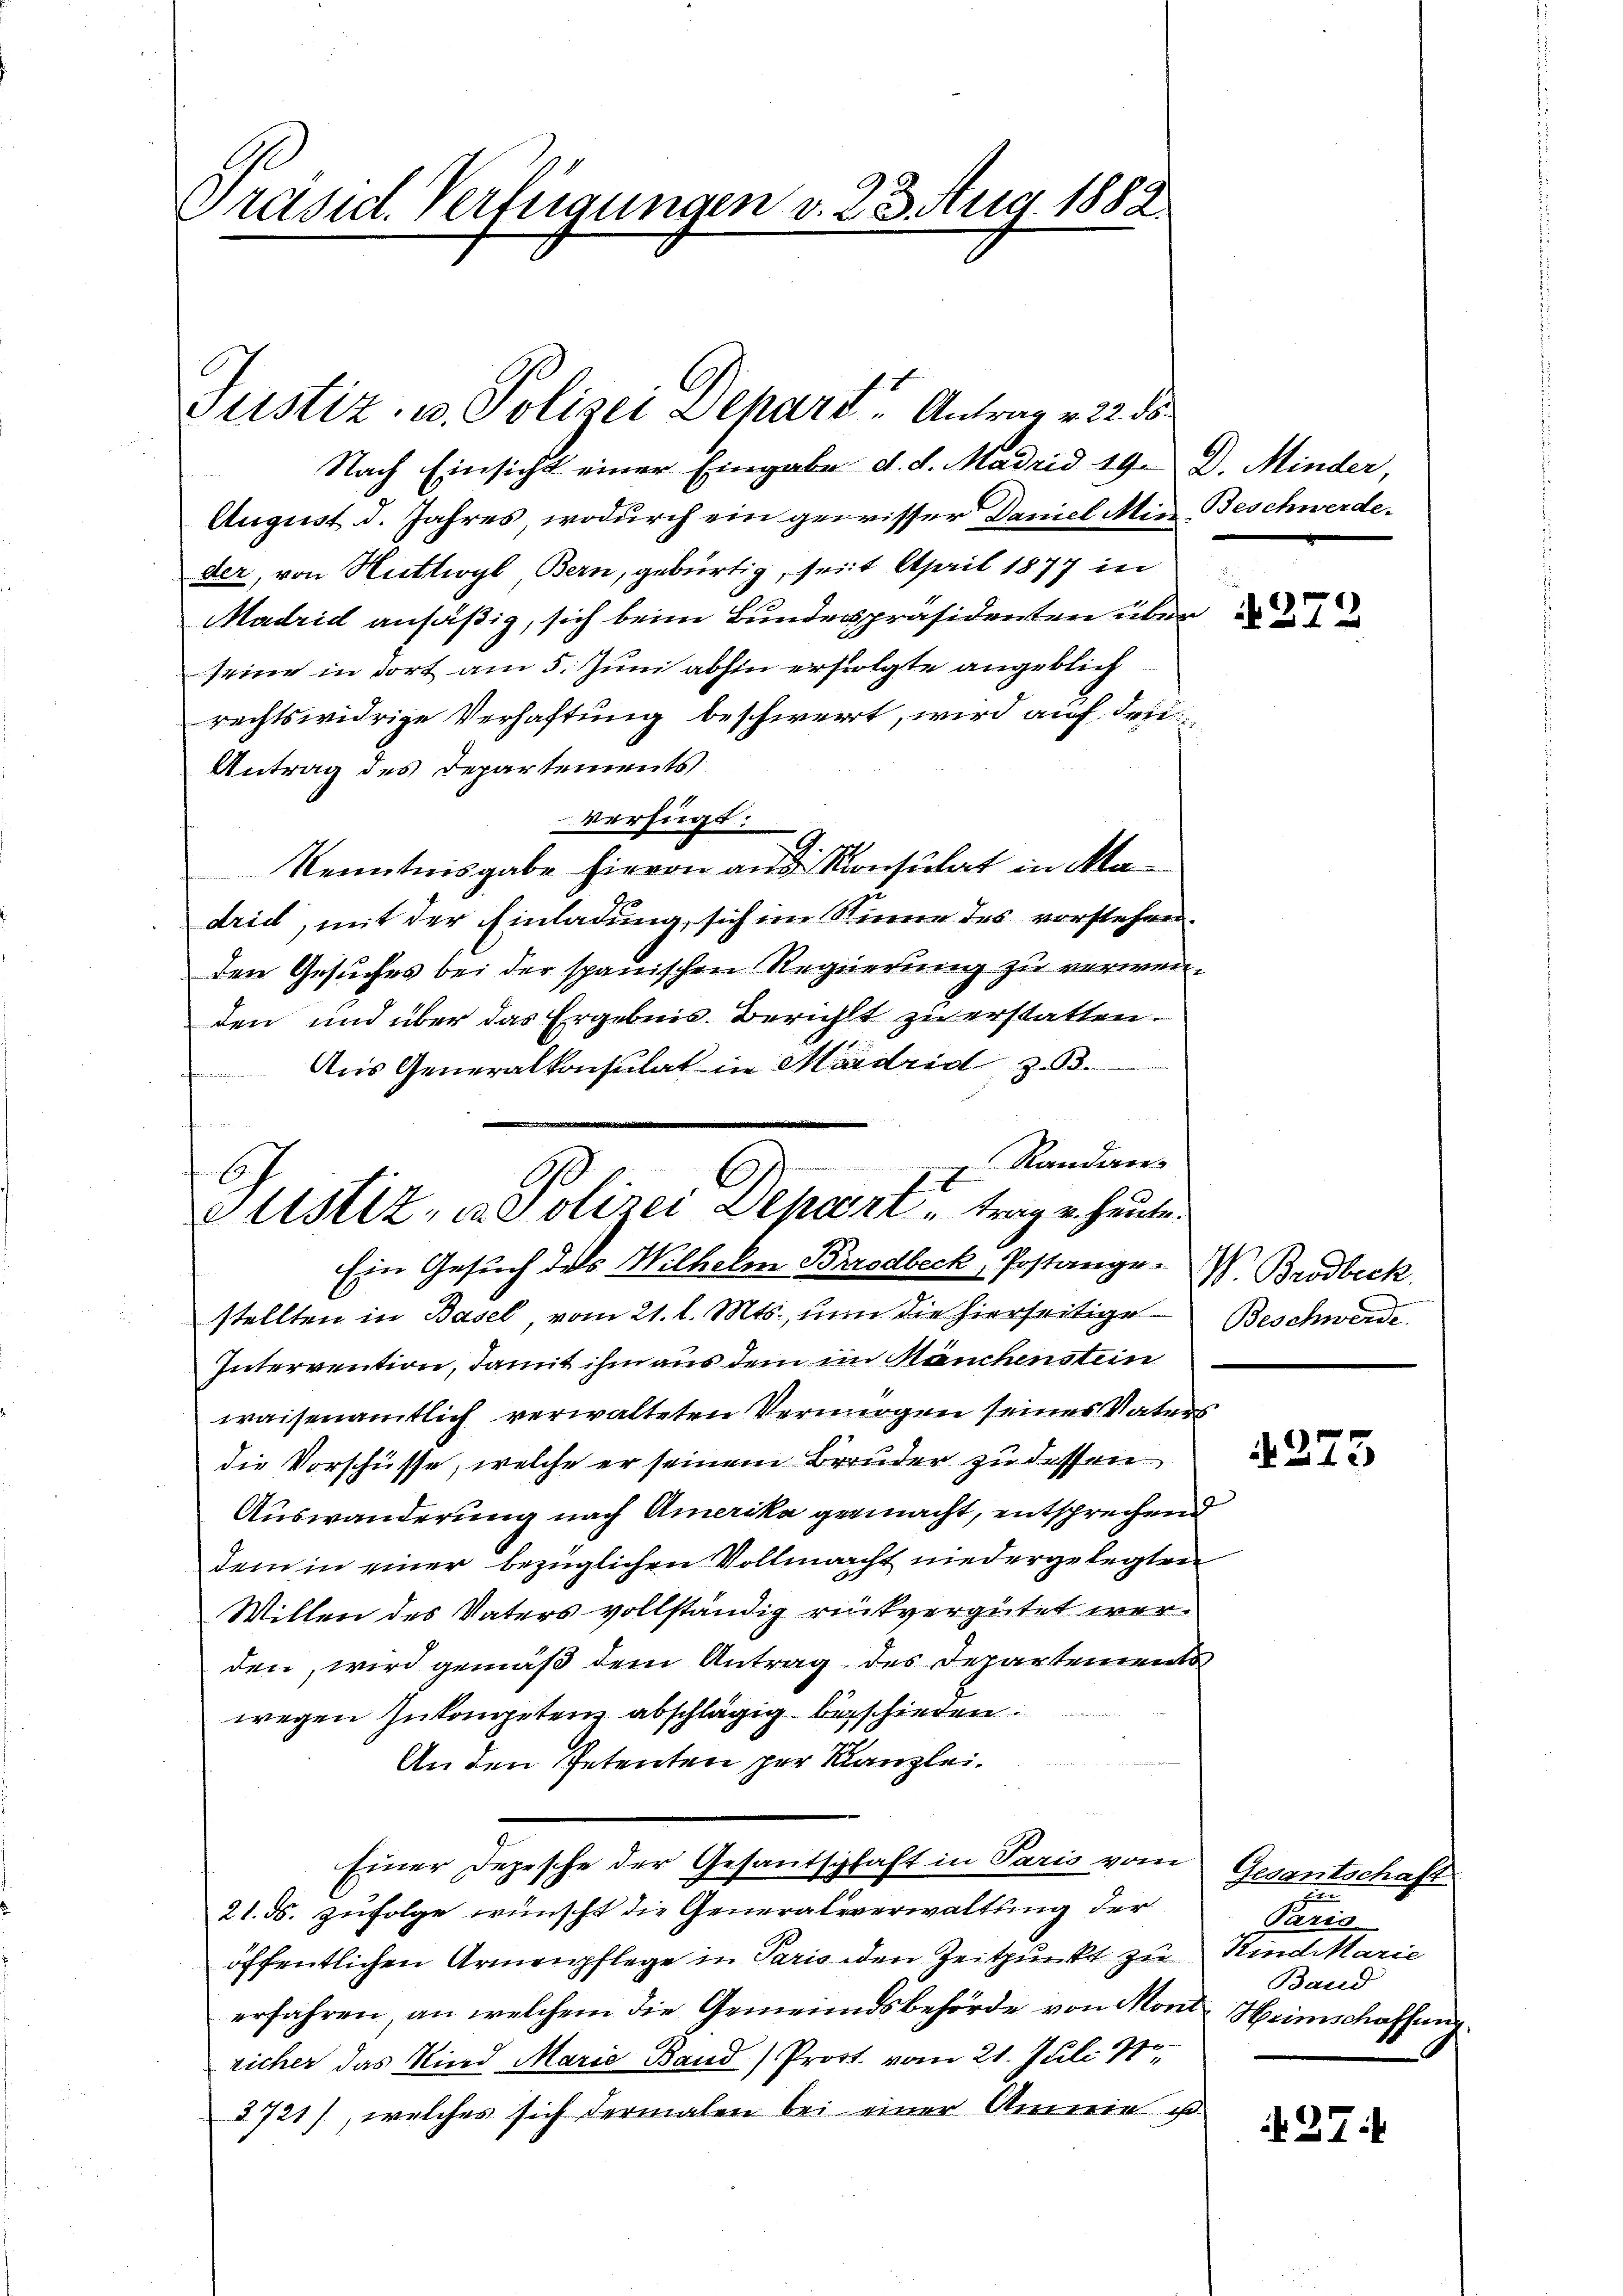
Präsil. Verfügungen v. 23. Aug. 1882.

Justiz- u. Polizei Departe Antrag v. 22. de

Justiz, u. Polizei Depart trage heute.
Ein Gesuch des Wilhelm Brodbeck, Postange. V. Brodbeck.

Nach Einsicht einer Eingabe d. d. Madrid 19. D. Minder,
August d. Jahres, wodurch ein geirisser Daniel Mig Beschwerde.
der, von Huttwyl Bern, gebürtig, seit April 1877 in
Madrid ansäßig, sich beim Bundespräsidenten über
seine in dort am 5. Juni abhin erfolgte angeblichrechtswidrige Verhaftung beschwert, wird auf dein
Antrag des Departements
verfügt:
Kenntnisgabe hievon aus Konsulat in Madrid, mit der Einladung, sich im Sinne des vorstehen.
den Gesuches bei der spanischen Regierung zu verwenden und über das Ergebnis Bericht zu erstatten.
Aus Generalkonsulat in Madrid z. B.
Randans
stellten in Basel, vom 21. l. Mts., um die hierseitige
Intervention, damit ihm aus dem im Mäuchenstein
waisenamtlich verwalteten Vermögen seines Vaters
die Vorschüsse, welche er seinem Bruder zu dessen
Auswanderung nach Amerika gemacht, entsprechend
dem in einer bezüglichen Vollmacht niedergelegten
Willen des Vaters vollständig rückvergütet werden, wird gemäß dem Antrag des Departements
wegen Inkompetenz abschlägig beschieden.
An den Petenten per Kanzlei.
e
Einer Depesche der Gesandtschaft in Paris vom
21. ds. zufolge wünscht die Generalverwaltung der
öffentlichen Armenpflege in Paris den Zeitpunkt zu
erfahren, an welchem die Gemeindsbehörde von Mont Heimschaffung
richer das Kind Marie Band) Prost. vom 21. Juli 190
5721), welches sich dermalen bei einer Annie u

u
272

Beschwerde.

273

Gesantschaft
n
Paris
Kind Marie
Band

27: